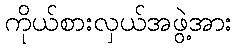
ကိုယ်စားလှယ်အဖွဲ့အား